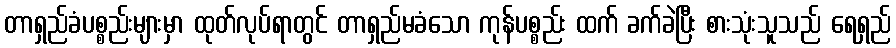
တာရှည်ခံပစ္စည်းများမှာ ထုတ်လုပ်ရာတွင် တာရှည်မခံသော ကုန်ပစ္စည်း ထက် ခက်ခဲပြီး စားသုံးသူသည် ရေရှည်